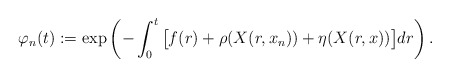
\begin{align*}\varphi_n(t):=\exp\left(-\int_0^t \big[f(r)+\rho(X(r,x_n))+\eta(X(r,x))\big]dr \right).\end{align*}